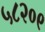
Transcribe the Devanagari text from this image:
५८२०९